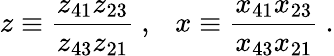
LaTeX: z\equiv\frac{z_{41}z_{23}}{z_{43}z_{21}}~,~~~x\equiv\frac{x_{41}x_{23}}{x_{43}x_{21}}~.